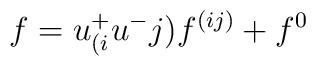
f=u^{+}_{(i}u^{-}{j)}f^{(ij)}+f^0\nonumber\\